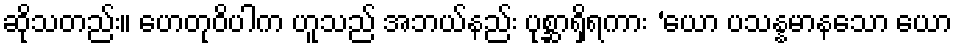
ဆိုသတည်း။ ဟေတုဝိပါက ဟူသည် အဘယ်နည်း ပုစ္ဆာရှိရကား ‘ယော ပသန္နမာနသော ယော